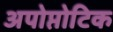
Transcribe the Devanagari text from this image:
अपोप्तोटिक